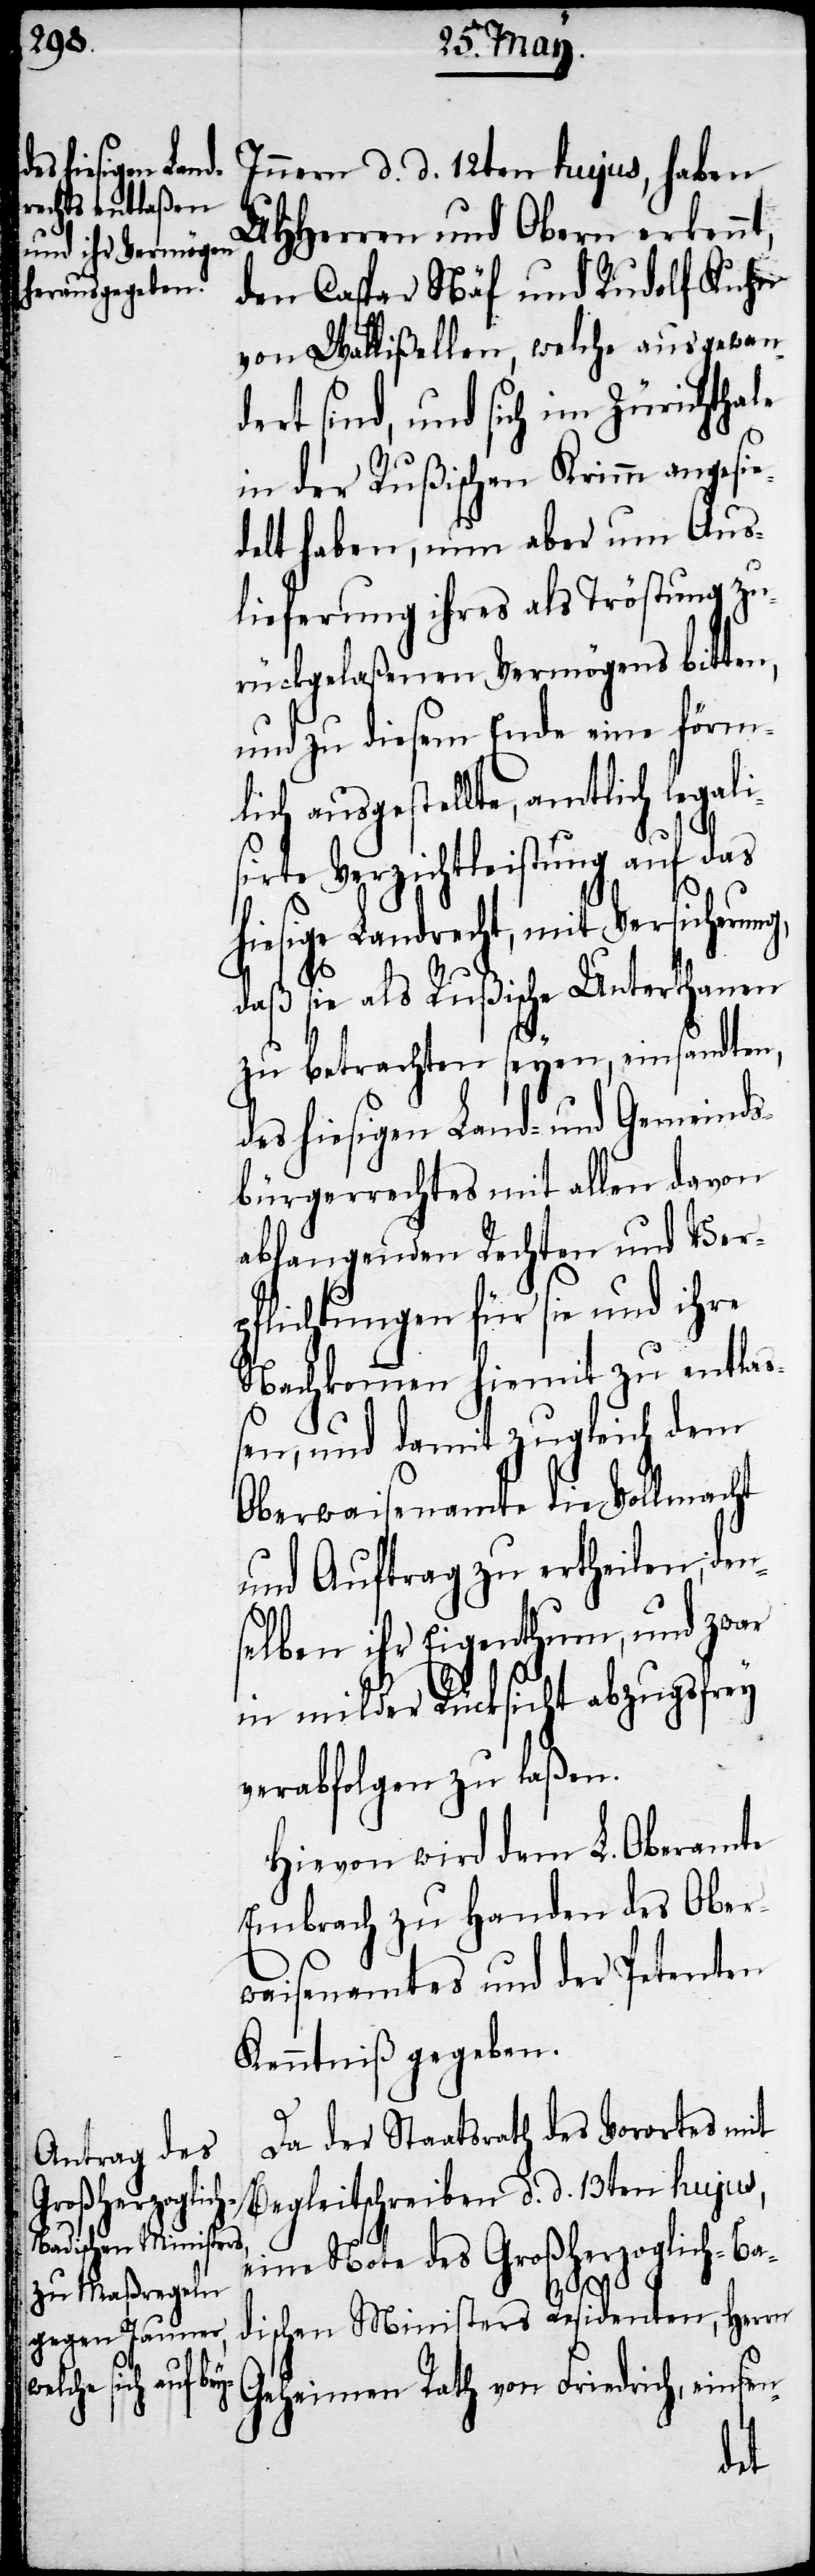
Innern d. d. 12ten hujus, haben
UHHerren und Obern erkennt,
den Caspar Näf und Rudolf Kuhn
von Wallißellen, welche ausgewan¬
dert sind, und sich im Zürichthale
in der Rußischen Krim angesi¬
edelt haben, nun aber um Aus¬
lieferung ihres als Tröstung zu¬
rückgelaßenen Vermögens bitten,
und zu diesem Ende eine förm¬
lich ausgestellte, amtlich legali¬
sirte Verzichtleistung auf das
hiesige Landrecht, mit Versicherung,
daß sie als Rußische Unterhanen
zu betrachten seyen, einsandten,
des hiesigen Land- und Gemeinds¬
bürgerrechtes mit allen davon
abhangenden Rechten und Ver¬
pflichtungen für sie und ihre
Nachkommen hiemit zu entlas¬
sen, und damit zugleich dem
Oberwaisenamte die Vollmacht
und Auftrag zu ertheilen, den¬
selben ihr Eigenthum, und zwar
in milder Rücksicht abzugsfrey
verabfolgen zu laßen.
Hievon wird dem L. Oberamte
Embrach zu Handen des Ober¬
waisenamtes und der Petenten
Kenntniß gegeben.
Da der Staatsrath des Vorortes mit
Begleitschreiben d. d. 13ten hujus,
eine Note des Großherzoglich-Ba¬
dischen Ministers Residenten, Herrn
Geheimen Rath von Friedrich, einsen-